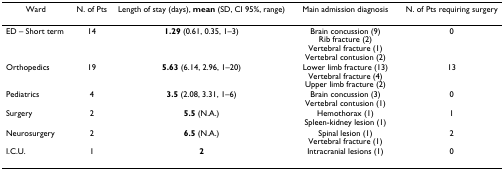
<table><thead><tr><td><b>Ward</b></td><td><b>N. of Pts</b></td><td><b>Length of stay (days), mean (SD, CI 95%, range)</b></td><td><b>Main admission diagnosis</b></td><td><b>N. of Pts requiring surgery</b></td></tr></thead><tbody><tr><td>ED – Short term</td><td>14</td><td><b>1.29 </b>(0.61, 0.35, 1–3)</td><td>Brain concussion (9)Rib fracture (2)Vertebral fracture (1)Vertebral contusion (2)</td><td>0</td></tr><tr><td>Orthopedics</td><td>19</td><td><b>5.63 </b>(6.14, 2.96, 1–20)</td><td>Lower limb fracture (13)Vertebral fracture (4)Upper limb fracture (2)</td><td>13</td></tr><tr><td>Pediatrics</td><td>4</td><td><b>3.5 </b>(2.08, 3.31, 1–6)</td><td>Brain concussion (3)Vertebral contusion (1)</td><td>0</td></tr><tr><td>Surgery</td><td>2</td><td><b>5.5 </b>(N.A.)</td><td>Hemothorax (1)Spleen-kidney lesion (1)</td><td>1</td></tr><tr><td>Neurosurgery</td><td>2</td><td><b>6.5 </b>(N.A.)</td><td>Spinal lesion (1)Vertebral fracture (1)</td><td>2</td></tr><tr><td>I.C.U.</td><td>1</td><td><b>2</b></td><td>Intracranial lesions (1)</td><td>0</td></tr></tbody></table>